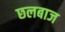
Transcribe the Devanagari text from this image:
छलबाज